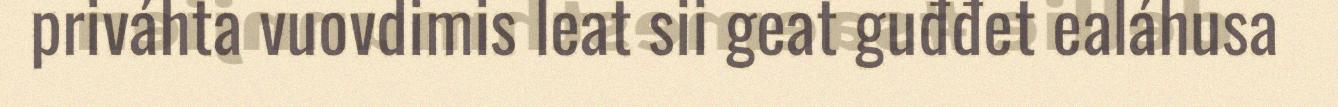
priváhta vuovdimis leat sii geat guđđet ealáhusa